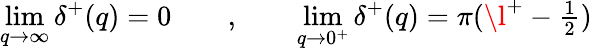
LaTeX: \operatorname*{lim}_{q\rightarrow\infty}\delta^{+}(q)=0\qquad,\qquad\operatorname*{lim}_{q\rightarrow 0^{+}}\delta^{+}(q)=\pi(\l^{+}-\textstyle\frac{1}{2})